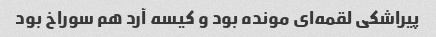
پیراشکی لقمه‌ای مونده بود و کیسه آرد هم سوراخ بود